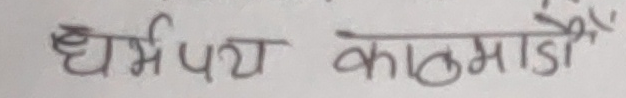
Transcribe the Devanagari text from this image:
धर्मपथ काठमाण्डौं